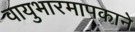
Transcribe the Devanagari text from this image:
वायुभारमापकाने